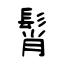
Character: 髾